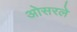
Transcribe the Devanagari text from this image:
ओसरले